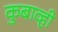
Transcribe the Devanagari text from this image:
कुबाव्ही